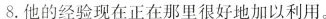
8.他的经验现在正在那里很好地加以利用.